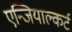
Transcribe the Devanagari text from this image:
एन्जियाल्कर्ट